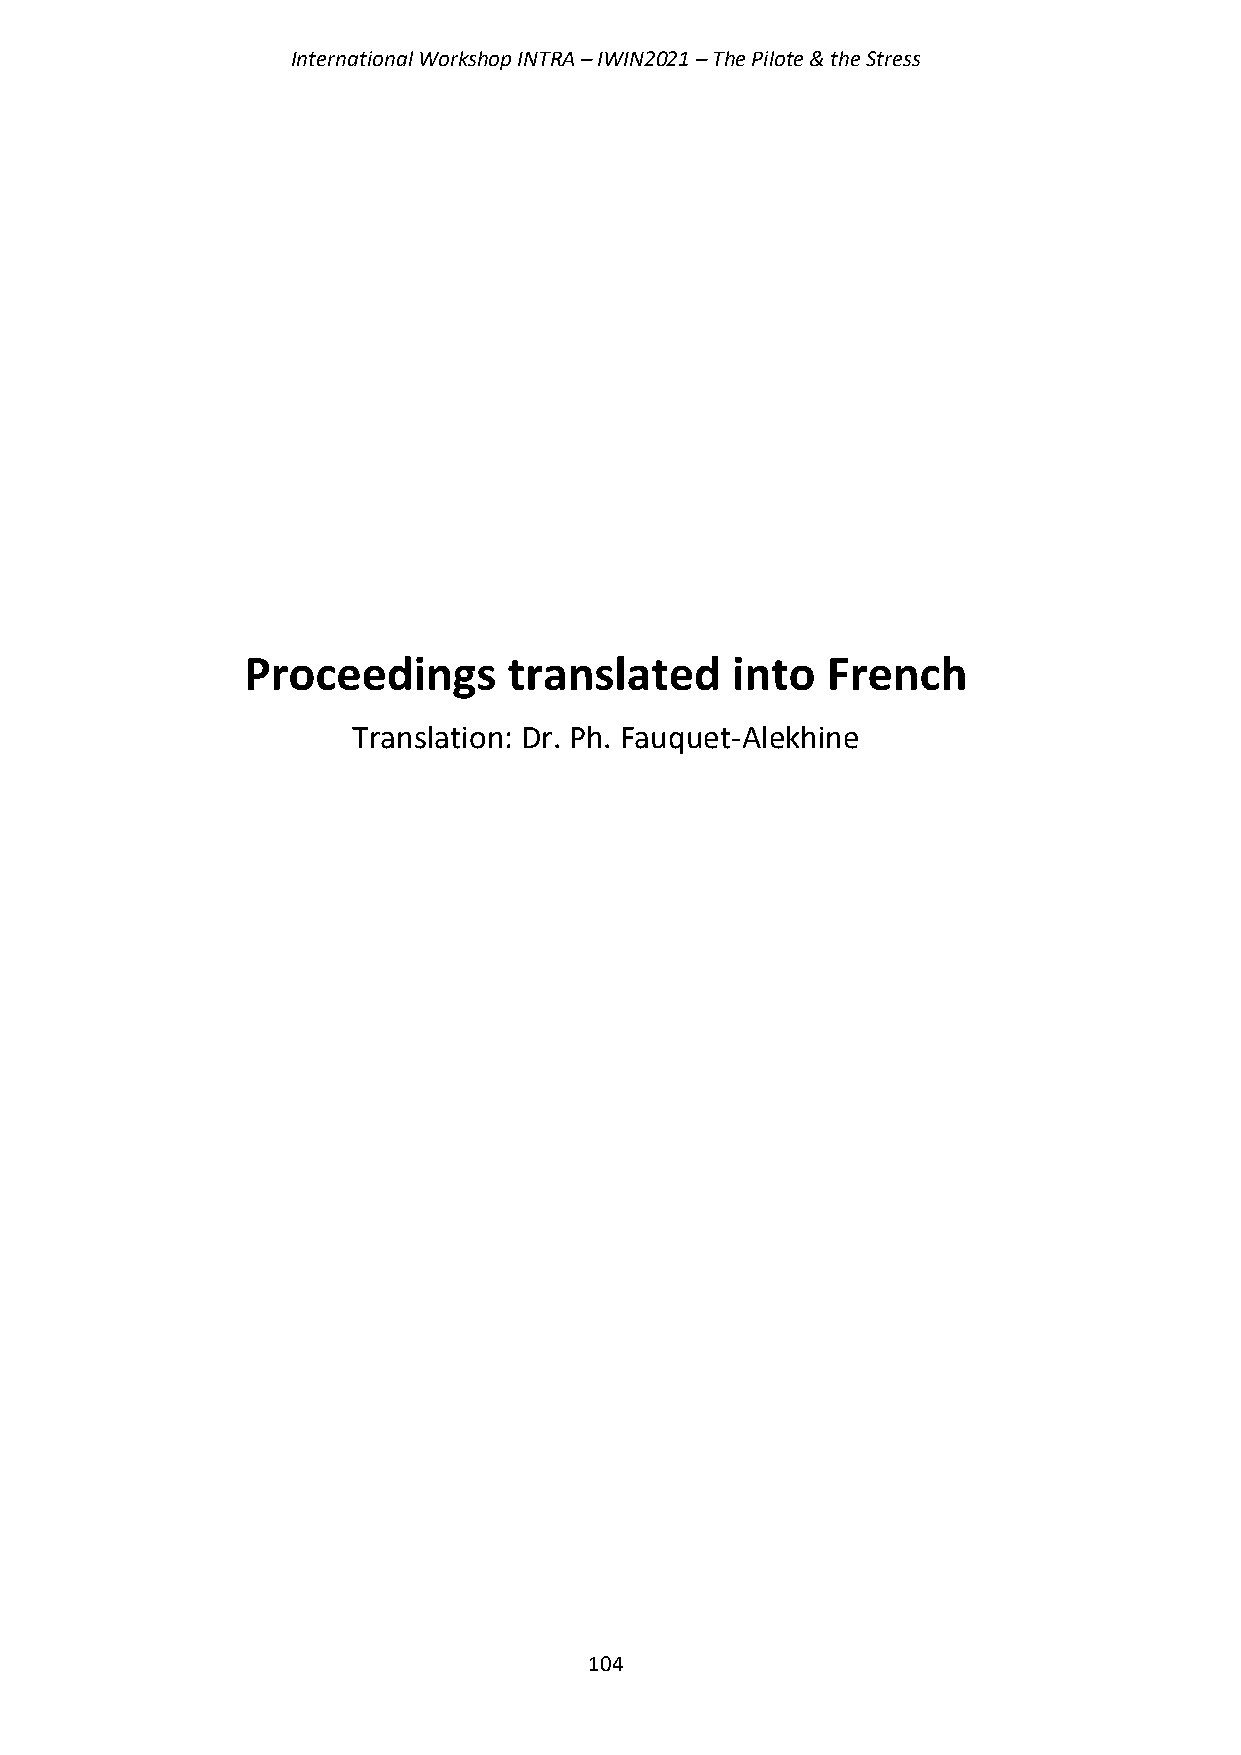
International Workshop INTRA – IWIN2021 – The Pilote & the Stress
 Proceedings       translated    into   French
 Translation: Dr. Ph. Fauquet-Alekhine
 104